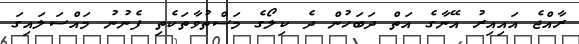
ރާއްޖެ އައިއިރު އޭނާގެ އަތް ދަބަހުން ދެ ކިލޯގެ މަސްތުވާތަކެތި ފެނުނު މައްސަލައިގަ